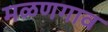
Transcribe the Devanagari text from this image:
मळणगाव